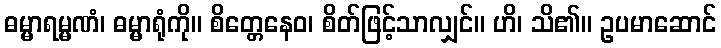
ဓမ္မာရမ္မဏံ၊ ဓမ္မာရုံကို။ စိတ္တေနေဝ၊ စိတ်ဖြင့်သာလျှင်။ ဟိ၊ သိ၏။ ဥပမာဆောင်